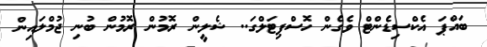
ބައްޕަ އެކްސިޑެންޓް ވެގެން ހޮސްޕިޓަލްގަ.. ޝެލީން ރޮމުން ރޮމުން ބުނި ޖުމްލައިން